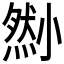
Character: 𡮫